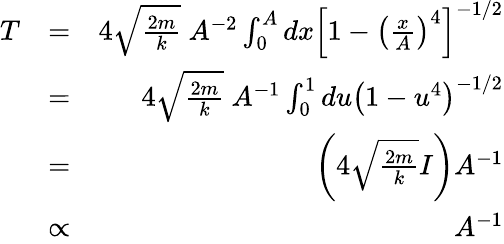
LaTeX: \begin{array}{rlr}{T}&{=}&{4\sqrt{\frac{2m}{k}}\ A^{-2}\int_{0}^{A}dx\left[1-\left(\frac{x}{A}\right)^{4}\right]^{-1/2}}\\ &{=}&{4\sqrt{\frac{2m}{k}}\ A^{-1}\int_{0}^{1}du\left(1-u^{4}\right)^{-1/2}}\\ &{=}&{\left(4\sqrt{\frac{2m}{k}}I\right)A^{-1}}\\ &{\propto}&{A^{-1}}\end{array}